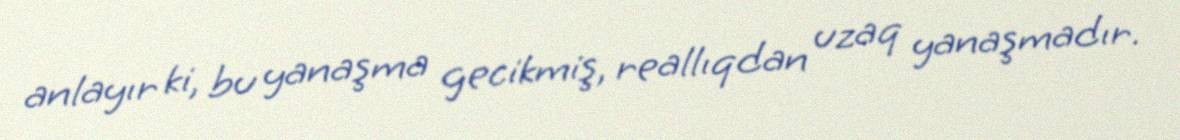
anlayır ki, bu yanaşma gecikmiş, reallıqdan uzaq yanaşmadır.